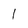
Character: I